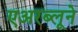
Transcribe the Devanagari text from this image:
एअरब्लूने